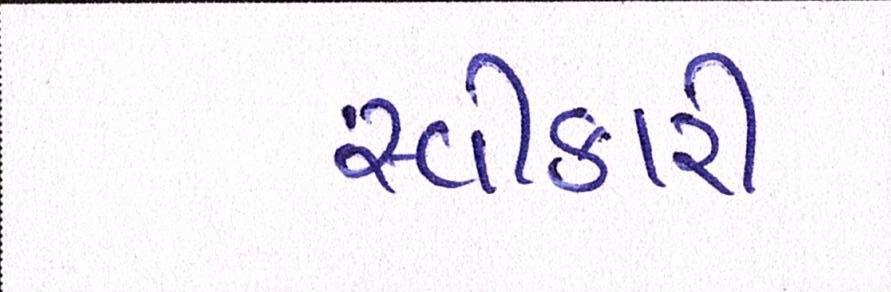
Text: સ્વિકારી